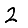
Digit: 2